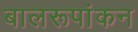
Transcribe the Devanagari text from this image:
बालरूपांकन